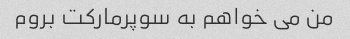
من می خواهم به سوپرمارکت بروم